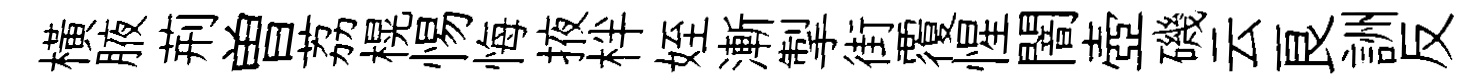
横腋荊曽荔榥惕悔掖柈姪漸掣街覆惺闇壺磯云良詶反